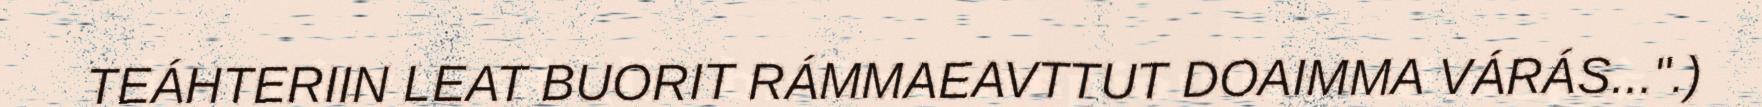
TEÁHTERIIN LEAT BUORIT RÁMMAEAVTTUT DOAIMMA VÁRÁS...".)